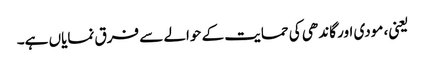
یعنی، مودی اور گاندھی کی حمایت کے حوالے سے فرق نمایاں ہے۔